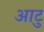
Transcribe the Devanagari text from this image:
आटु